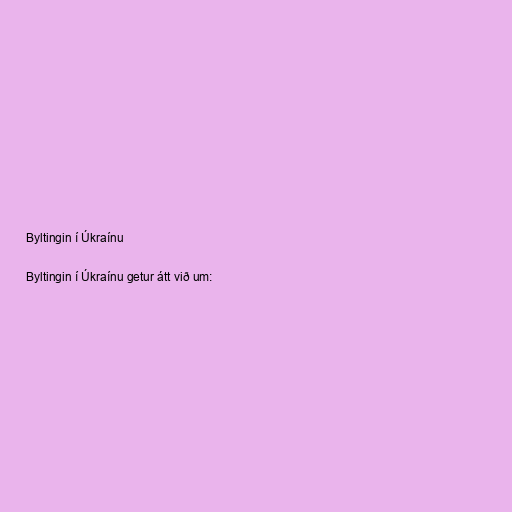
Byltingin í Úkraínu

Byltingin í Úkraínu getur átt við um: